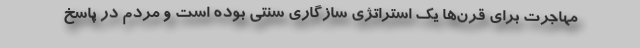
مهاجرت برای قرن‌ها یک استراتژی سازگاری سنتی بوده است و مردم در پاسخ